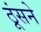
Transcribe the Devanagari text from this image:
ठूंसने